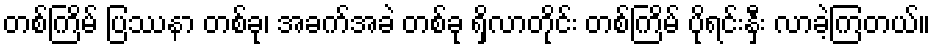
တစ်ကြိမ် ပြဿနာ တစ်ခု၊ အခက်အခဲ တစ်ခု ရှိလာတိုင်း တစ်ကြိမ် ပိုရင်းနှီး လာခဲ့ကြတယ်။